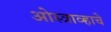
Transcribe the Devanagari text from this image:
ओस्त्राव्हाचे